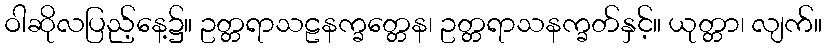
ဝါဆိုလပြည့်နေ့၌။ ဥတ္တရာသဠနက္ခတ္တေန၊ ဥတ္တရာသနက္ခတ်နှင့်။ ယုတ္တာ၊ လျက်။